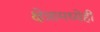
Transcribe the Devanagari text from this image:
क्षेत्रामध्येही